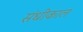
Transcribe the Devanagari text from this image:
संधीकाल